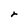
Character: r